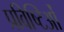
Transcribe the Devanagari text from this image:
प्रविष्टिओं